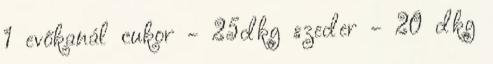
1 evőkanál cukor - 25dkg szeder - 20 dkg